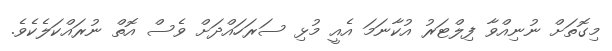
މިގޮތަށް ނުނިއްވާ ފިލްޓަރު އުކާނަމަ އެއީ މުޅި ސަރަހައްދަށް ވެސް އޮތް ނުރައްކަލެކެވެ.